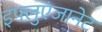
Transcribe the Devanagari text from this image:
इंफ्लुएंजानेट